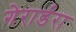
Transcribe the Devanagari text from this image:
गेरार्डरा